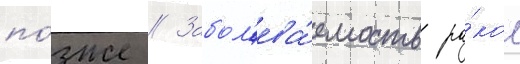
по́зже // Забол'ева́емость ра́ком